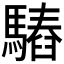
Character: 𩥫